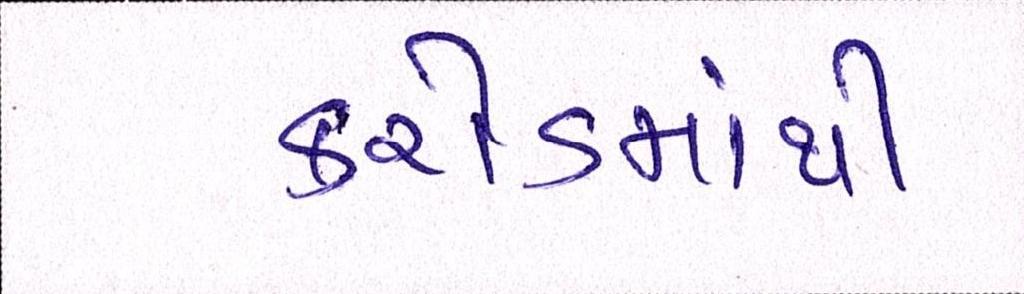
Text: કરોડમાંથી